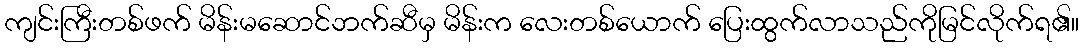
ကျင်းကြီးတစ်ဖက် မိန်းမဆောင်ဘက်ဆီမှ မိန်းက လေးတစ်ယောက် ပြေးထွက်လာသည်ကိုမြင်လိုက်ရ၏။